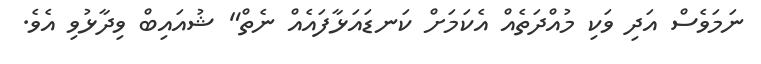
ނަމަވެސް އަދި ވަކި މުއްދަތެއް އެކަމަށް ކަނޑައަޅާފައެއް ނެތް" ޝުއައިބް ވިދާޅުވި އެވެ.